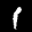
Label: 1